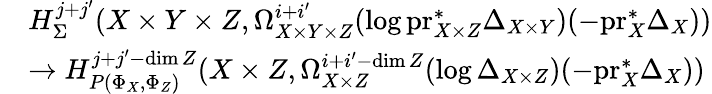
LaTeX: \begin{array}{rl}&{H_{\Sigma}^{j+j^{\prime}}(X\times Y\times Z,\Omega_{X\times Y\times Z}^{i+i^{\prime}}(\log\mathrm{pr}_{X\times Z}^{*}\Delta_{X\times Y})(-\mathrm{pr}_{X}^{*}\Delta_{X}))}\\ &{\to H_{P(\Phi_{X},\Phi_{Z})}^{j+j^{\prime}-\dim Z}(X\times Z,\Omega_{X\times Z}^{i+i^{\prime}-\dim Z}(\log\Delta_{X\times Z})(-\mathrm{pr}_{X}^{*}\Delta_{X}))}\end{array}